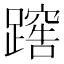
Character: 𨅻